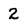
Character: 2